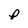
Character: p